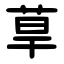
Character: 䓍